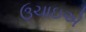
ઉચાઇએ